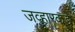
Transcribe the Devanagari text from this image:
जव्हारकडे